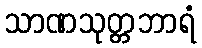
သာဏသုတ္တဘာရံ